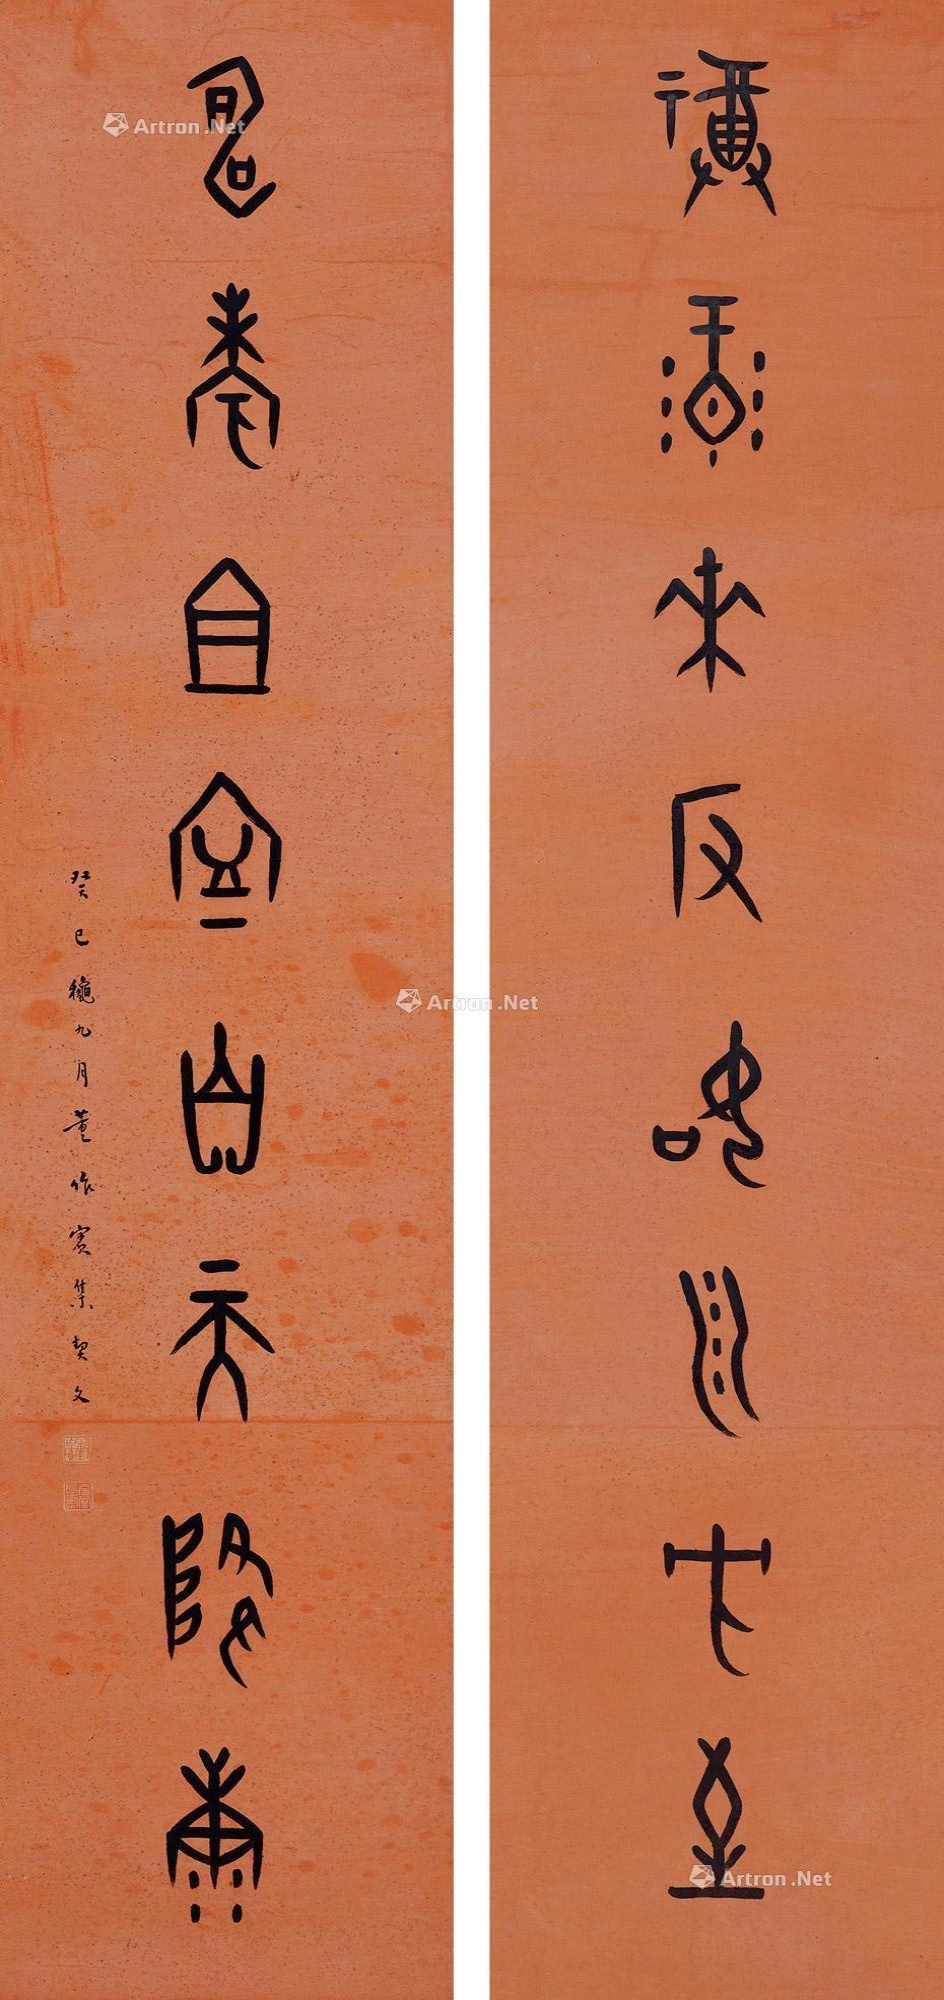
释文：福禄来返如泉方至，寿考祖宁自天降康。癸巳秋九月董作宾集契文。